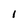
Character: i